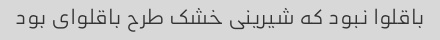
باقلوا نبود که شیرینی خشک طرح باقلوای بود